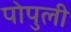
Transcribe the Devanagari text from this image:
पोपुली